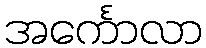
အင်္ကောလာ